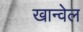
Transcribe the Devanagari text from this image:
खान्वेल